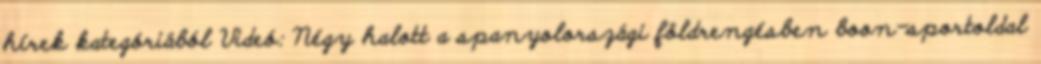
hírek kategóriából Videó: Négy halott a spanyolországi földrengésben boon-sportoldal